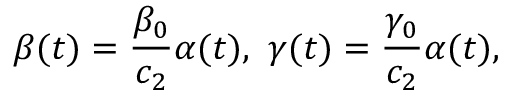
\beta ( t ) = \frac { \beta _ { 0 } } { c _ { 2 } } \alpha ( t ) , \ \gamma ( t ) = \frac { \gamma _ { 0 } } { c _ { 2 } } \alpha ( t ) ,